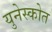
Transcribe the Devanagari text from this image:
युनेस्कोत